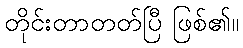
တိုင်းတာတတ်ပြီ ဖြစ်၏။